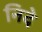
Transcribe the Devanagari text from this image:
निदे